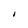
Character: I